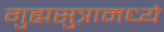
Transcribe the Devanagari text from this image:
गुह्यसुत्रामध्ये